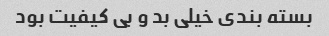
بسته بندی خیلی بد و بی کیفیت بود